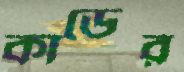
কাডের